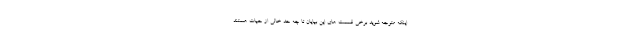
اینکه متوجه شوید برخی قسمت های این بیایان تا چه حد خالی از حیات هستند